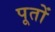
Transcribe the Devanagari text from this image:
पूतों